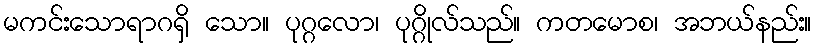
မကင်းသောရာဂရှိ သော။ ပုဂ္ဂလော၊ ပုဂ္ဂိုလ်သည်။ ကတမောစ၊ အဘယ်နည်း။